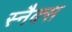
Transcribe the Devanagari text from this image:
स्‍नैक्स